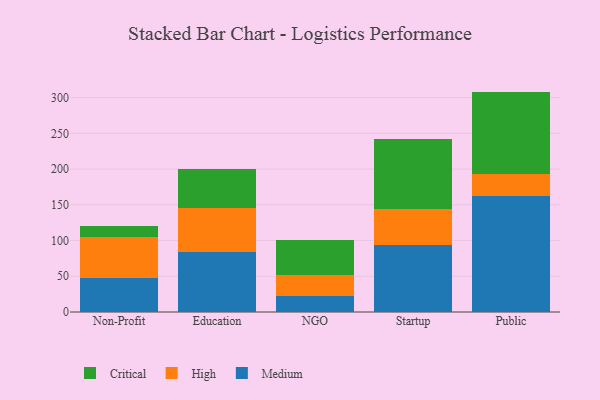
{"axis": {"x": "Segment", "y": "Waste Production (Tons)"}, "legend": ["Critical", "High", "Medium"], "data": [{"x": "Non-Profit", "y": 47.1, "type": "Medium"}, {"x": "Non-Profit", "y": 57.8, "type": "High"}, {"x": "Non-Profit", "y": 15.6, "type": "Critical"}, {"x": "Education", "y": 83.5, "type": "Medium"}, {"x": "Education", "y": 62.1, "type": "High"}, {"x": "Education", "y": 54.1, "type": "Critical"}, {"x": "NGO", "y": 21.8, "type": "Medium"}, {"x": "NGO", "y": 30.3, "type": "High"}, {"x": "NGO", "y": 48.4, "type": "Critical"}, {"x": "Startup", "y": 93.2, "type": "Medium"}, {"x": "Startup", "y": 50.3, "type": "High"}, {"x": "Startup", "y": 99.0, "type": "Critical"}, {"x": "Public", "y": 161.7, "type": "Medium"}, {"x": "Public", "y": 31.1, "type": "High"}, {"x": "Public", "y": 115.6, "type": "Critical"}]}